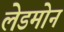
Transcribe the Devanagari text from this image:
लेडमोन